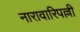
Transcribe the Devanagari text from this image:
नारावारिपल्ली